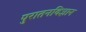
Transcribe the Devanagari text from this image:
पुरातनविज्ञान